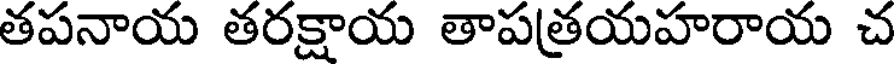
తపనాయ తరక్షాయ తాపత్రయహరాయ చ